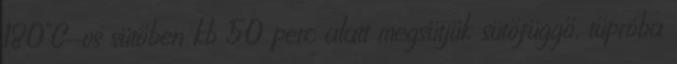
180°C-os sütőben kb 50 perc alatt megsütjük sütőfüggő, tűpróba